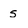
Character: s